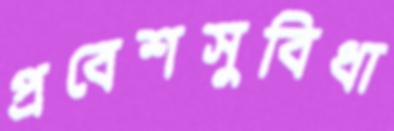
প্রবেশসুবিধা